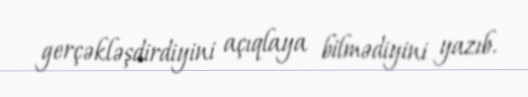
gerçəkləşdirdiyini açıqlaya bilmədiyini yazıb.